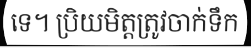
ទេ។ ប្រិយមិត្តត្រូវចាក់ទឹក